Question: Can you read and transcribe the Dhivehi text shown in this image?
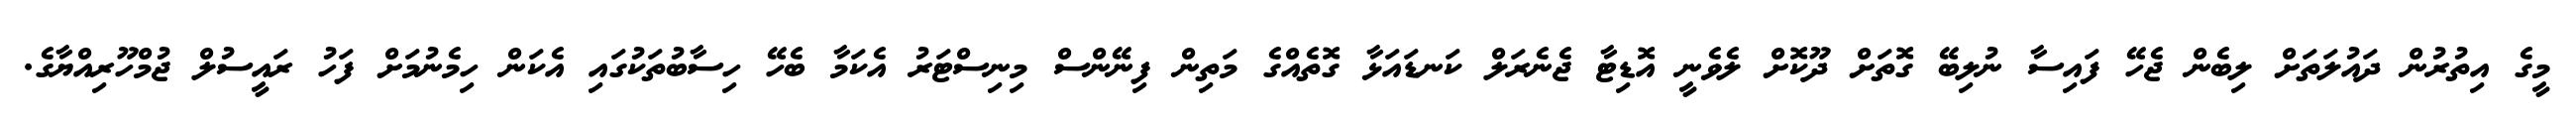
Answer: މީގެ އިތުރުން ދައުލަތަށް ލިބެން ޖެހޭ ފައިސާ ނުލިބޭ ގޮތަށް ދޫކޮށް ލެވެނީ އޮޑިޓާ ޖެނެރަލް ކަނޑައަޅާ ގޮތެއްގެ މަތިން ފިނޭންސް މިނިސްޓަރު އެކަމާ ބެހޭ ހިސާބުތަކުގައި އެކަން ހިމެނުމަށް ފަހު ރައީސުލް ޖުމްހޫރިއްޔާގެ.